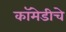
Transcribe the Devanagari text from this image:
कॉमेडीचे